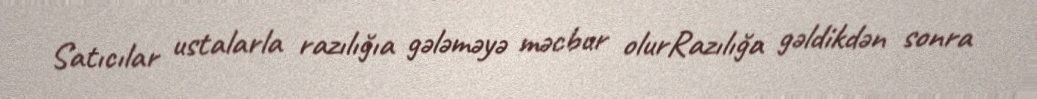
Satıcılar ustalarla razılığıa gələməyə məcbur olurRazılığa gəldikdən sonra